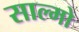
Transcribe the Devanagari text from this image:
साल्मो